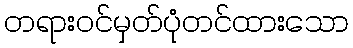
တရားဝင်မှတ်ပုံတင်ထားသော